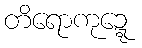
တိရောကုဍ္ဍေ